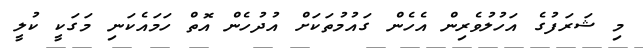
މި ޝަރަފުގެ އަހުލުވެރިން އެހެން ގައުމުތަކަށް އުދުހެން އޮތް ހަމައެކަނި މަގަކީ ކުލީ